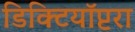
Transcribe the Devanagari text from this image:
डिक्टियॉप्टरा